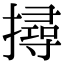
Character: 撏